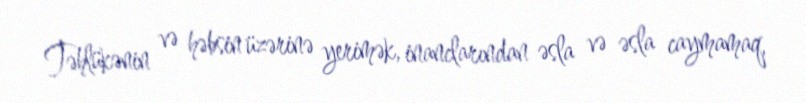
Təhlükənin və həbsin üzərinə yerimək, inanclarından əsla və əsla caymamaq,